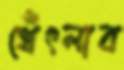
থেঁৎলাব